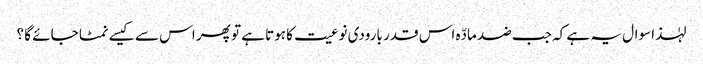
لہٰذا سوال یہ ہے کہ جب ضد مادّہ اس قدر بارودی نوعیت کا ہوتا ہے تو پھر اس سے کیسے نمٹا جائے گا ؟